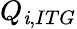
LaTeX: Q_{\mathit{i},ITG}